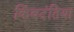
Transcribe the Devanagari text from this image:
किंवदंतिया